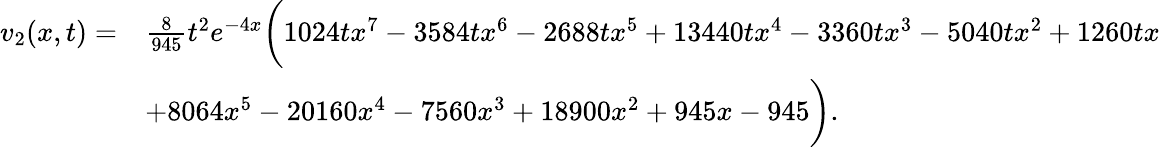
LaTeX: \begin{array}{rl}{v_{2}(x,t)=}&{\frac{8}{945}t^{2}e^{-4x}\bigg(1024tx^{7}-3584tx^{6}-2688tx^{5}+13440tx^{4}-3360tx^{3}-5040tx^{2}+1260tx}\\ &{+8064x^{5}-20160x^{4}-7560x^{3}+18900x^{2}+945x-945\bigg).}\end{array}